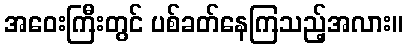
အဝေးကြီးတွင် ပစ်ခတ်နေကြသည့်အလား။